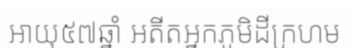
អាយុ៥៧ឆ្នាំ អតីតអ្នកភូមិដីក្រហម